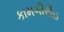
કામગીરીઇ